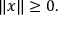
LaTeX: \| x \| \geq 0 .